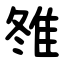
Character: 䧷